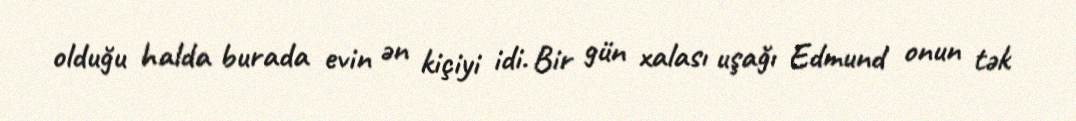
olduğu halda burada evin ən kiçiyi idi. Bir gün xalası uşağı Edmund onun tək